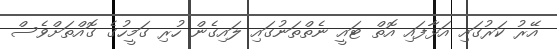
އޭރު ކަރުގައި އަޅާފައި އޮތް ޓައީ ނެތްތަނުގައި ލައިގެން ހުރި ގަމީހުގެ ގޮއްތަށްވެސް